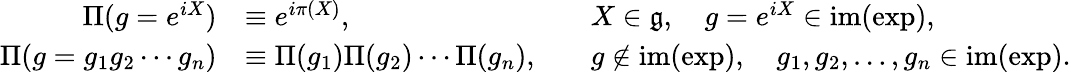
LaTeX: {\begin{array}{rlrl}{\Pi(g=e^{iX})}&{\equiv e^{i\pi(X)},}&&{X\in{\mathfrak{g}},\quad g=e^{iX}\in\mathrm{im}(\exp),}\\ {\Pi(g=g_{1}g_{2}\cdots g_{n})}&{\equiv\Pi(g_{1})\Pi(g_{2})\cdots\Pi(g_{n}),}&&{g\notin\mathrm{im}(\exp),\quad g_{1},g_{2},\ldots,g_{n}\in\mathrm{im}(\exp).}\end{array}}